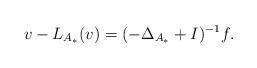
LaTeX: \begin{align*} v - L_{A_*} (v) = (-\Delta_{A_*} + I)^{-1}f.\end{align*}